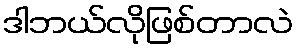
ဒါဘယ်လိုဖြစ်တာလဲ